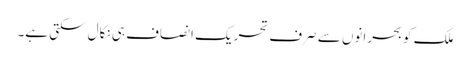
ملک کو بحرانوں سے صرف تحریک انصاف ہی نکال سکتی ہے۔